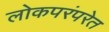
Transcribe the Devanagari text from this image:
लोकपरंपरेत